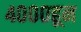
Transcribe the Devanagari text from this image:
४०००हून